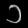
Digit: ၁